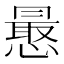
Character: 𭞮